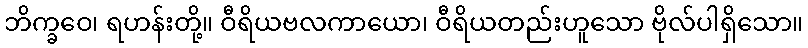
ဘိက္ခဝေ၊ ရဟန်းတို့။ ဝီရိယဗလကာယော၊ ဝီရိယတည်းဟူသော ဗိုလ်ပါရှိသော။